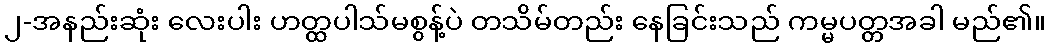
၂-အနည်းဆုံး လေးပါး ဟတ္ထပါသ်မစွန့်ပဲ တသိမ်တည်း နေခြင်းသည် ကမ္မပတ္တအခါ မည်၏။